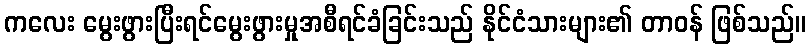
ကလေး မွေးဖွားပြီးရင်မွေးဖွားမှုအစီရင်ခံခြင်းသည် နိုင်ငံသားများ၏ တာဝန် ဖြစ်သည်။